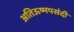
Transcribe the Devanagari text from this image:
अतिऊष्मपसंदी